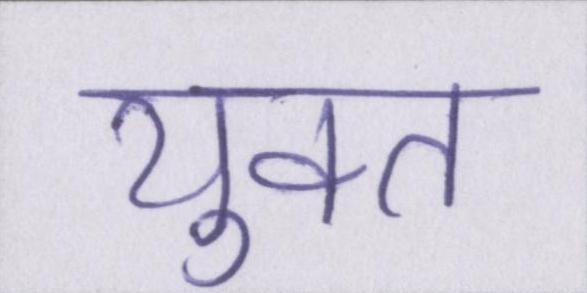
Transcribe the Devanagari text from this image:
युक्त